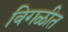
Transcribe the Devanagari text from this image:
विगळीत